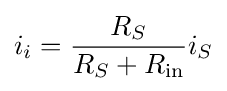
i_{i}={\frac {R_{S}}{R_{S}+R_{\text{in}}}}i_{S}